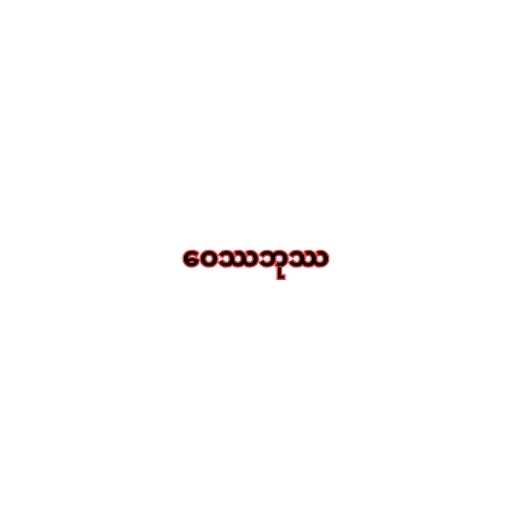
ဝေဿဘုဿ